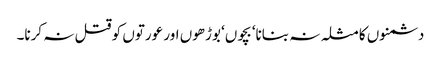
دشمنوں کا مثلہ نہ بنانا‘ بچوں‘ بوڑھوں اور عورتوں کو قتل نہ کرنا۔